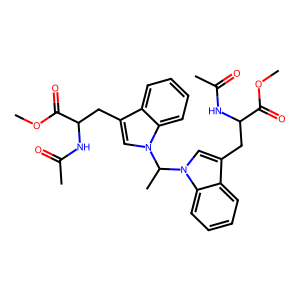
SMILES: COC(=O)C(Cc1cn(C(C)n2cc(CC(NC(C)=O)C(=O)OC)c3ccccc32)c2ccccc12)NC(C)=O
Inhibits HIV replication: No